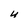
Character: U